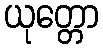
ယုတ္တော